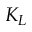
K _ { L }